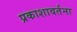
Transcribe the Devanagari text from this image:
प्रकाशावर्तना